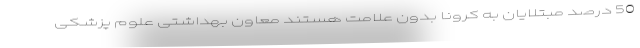
50 درصد مبتلایان به کرونا بدون علامت هستند معاون بهداشتی علوم پزشکی